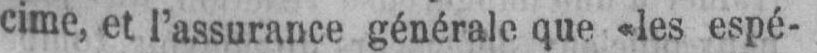
cime, et l’assurance générale que «les espé-